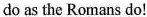
do as the Romans do